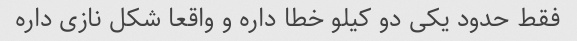
فقط حدود یکی دو کیلو خطا داره و واقعا شکل نازی داره